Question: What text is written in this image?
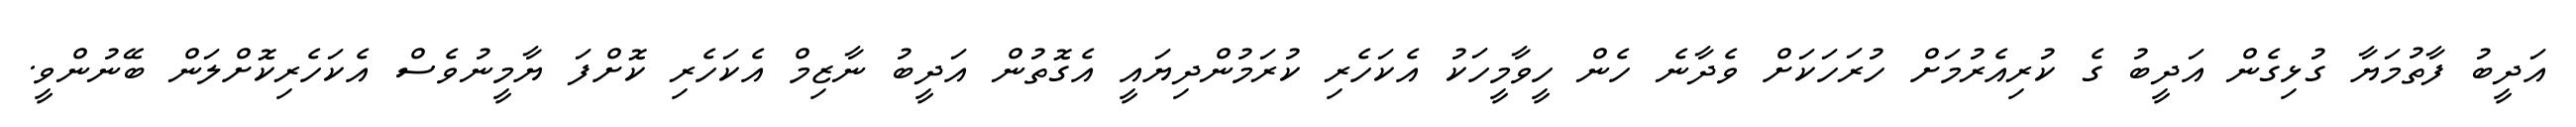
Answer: އަދީބު ފާތުމަޔާ ގުޅިގެން އަދީބު ގެ ކުރިއެރުމަށް ހުރަހަކަށް ވެދާނެ ހެން ހީވާމީހަކު އެކަހެރި ކުރަމުންދިޔައީ އެގޮތުން އަދީބު ނާޒިމް އެކަހެރި ކޮށްފަ ޔާމީނުވެސް އެކަހެރިކޮށްލަން ބޭނުންވީ.